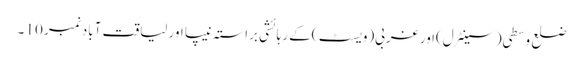
ضلع وسطی(سینٹرل)اور غربی(ویسٹ )کے رہائشی براستہ نیپا اور لیاقت آباد نمبر 10 ۔